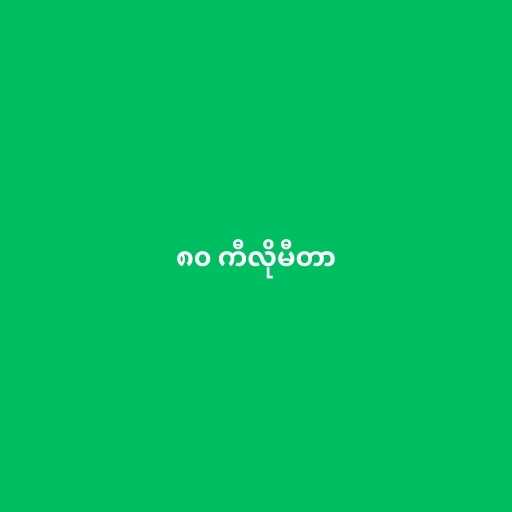
၈၀ ကီလိုမီတာ